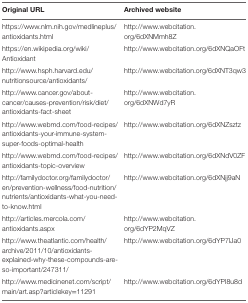
| Original URL | Archived website |
 | --- | --- |
 | https://www.nlm.nih.gov/medlineplus/antioxidants.html | http://www.webcitation.org/6dXNMmh8Z |
 | https://en.wikipedia.org/wiki/Antioxidant | http://www.webcitation.org/6dXNQaOFt |
 | http://www.hsph.harvard.edu/nutritionsource/antioxidants/ | http://www.webcitation.org/6dXNT3qw3 |
 | http://www.cancer.gov/about-cancer/causes-prevention/risk/diet/antioxidants-fact-sheet | http://www.webcitation.org/6dXNWd7yR |
 | http://www.webmd.com/food-recipes/antioxidants-your-immune-system-super-foods-optimal-health | http://www.webcitation.org/6dXNZsztz |
 | http://www.webmd.com/food-recipes/antioxidants-topic-overview | http://www.webcitation.org/6dXNdV0ZF |
 | http://familydoctor.org/familydoctor/en/prevention-wellness/food-nutrition/nutrients/antioxidants-what-you-need-to-know.html | http://www.webcitation.org/6dXNjj9aN |
 | http://articles.mercola.com/antioxidants.aspx | http://www.webcitation.org/6dYP2MqVZ |
 | http://www.theatlantic.com/health/archive/2011/10/antioxidants-explained-why-these-compounds-are-so-important/247311/ | http://www.webcitation.org/6dYP7lJa0 |
 | http://www.medicinenet.com/script/main/art.asp?articlekey=11291 | http://www.webcitation.org/6dYPI8u8d |